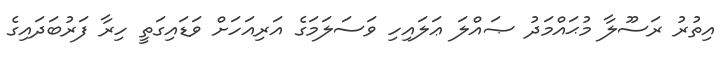
އިތުރު ރަސޫލާ މުޙައްމަދު ޞައްލަ ޢަލައިހި ވަސަލަމަގެ އަރިއަހަށް ވަޑައިގަތީ ހިރާ ފަރުބަދައިގެ